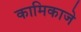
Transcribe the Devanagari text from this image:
कामिकाजे